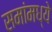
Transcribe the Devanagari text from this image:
समांमध्ये